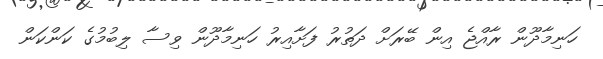
ހަނިމާދޫން ރާއްޖެ އިން ބޭރަށް ދަތުރު ފަށާއިރު ހަނިމާދޫން ވިސާ ލިބުމުގެ ކަންކަން